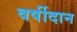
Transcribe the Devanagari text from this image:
वर्षीदान